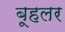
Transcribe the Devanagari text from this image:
बूहलर